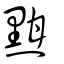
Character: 黚